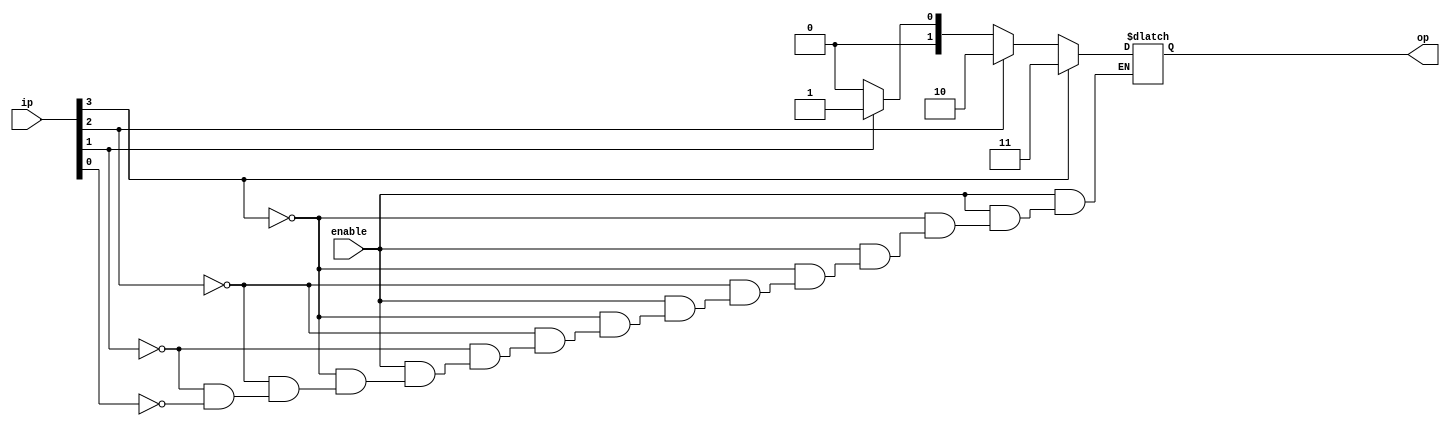
`timescale 1ns / 1ps
//////////////////////////////////////////////////////////////////////////////////
// Company: 
// Engineer: 
// 
// Design Name: 
// Module Name: priority_encoder
// Project Name: 
// Target Devices: 
// Tool Versions: 
// Description: 
// 
// Dependencies: 
// 
// Revision:
// Revision 0.01 - File Created
// Additional Comments:
// 
//////////////////////////////////////////////////////////////////////////////////
module priority_encoder(
    ip, enable, op
);

    /*
    // Impelementing 8:3 priority encoder
    input [7:0] ip;
    input enable;
    output reg [2:0] op;
    
    always @* begin
        if (enable) begin
            if (ip[7] == 1'b1)          op = 3'b111;
            else if (ip[6] == 1'b1)     op = 3'b110;
            else if (ip[5] == 1'b1)     op = 3'b101;
            else if (ip[4] == 1'b1)     op = 3'b100;
            else if (ip[3] == 1'b1)     op = 3'b011;
            else if (ip[2] == 1'b1)     op = 3'b010;
            else if (ip[1] == 1'b1)     op = 3'b001;
            else if (ip[0] == 1'b1)     op = 3'b000;
        end
        else 
            op = 3'bZZZ;
    end
    */
    
    // Impelementing 4:2 priority encoder
    input [3:0] ip;
    input enable;
    output reg [1:0] op;
    
    always @* begin
        if (enable) begin
            if (ip[3] == 1'b1)          op = 2'b11;
            else if (ip[2] == 1'b1)     op = 2'b10;
            else if (ip[1] == 1'b1)     op = 2'b01;
            else if (ip[0] == 1'b1)     op = 2'b00;
        end
        else                            op = 2'bzz;
    end

endmodule